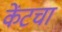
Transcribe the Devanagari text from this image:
केंटचा